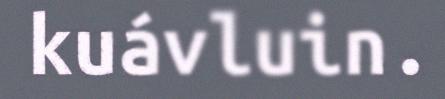
kuávluin.